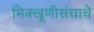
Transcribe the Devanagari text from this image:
भिक्खूणीसंघाचे